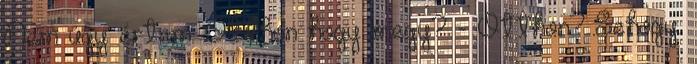
Nem úgy értem. Otthon hogy megy? - Otthon? Sehogy.